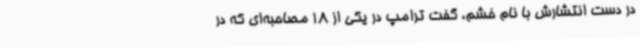
در دست انتشارش با نام خشم، گفت ترامپ در یکی از 18 مصاحبه‌ای که در